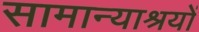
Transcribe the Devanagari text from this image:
सामान्याश्रयों